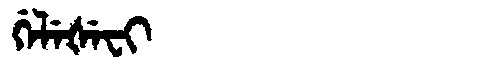
Manchu: ᡤᡝᠯᡝᡧᡝᠸᡳ
Romanization: GELEŠEFI